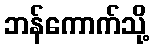
ဘန်ကောက်သို့